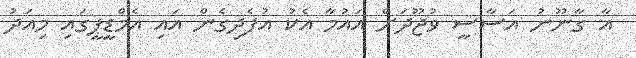
އާ ގާނޫނު އަސާސީ ވުޖޫދަށް އައުމާ އެކު އުފެދިގެން އައި އެމްޑީޕީގައި މިއަދު